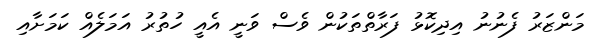
މަންޒަރު ފެނުނު އިދިކޮޅު ފަރާތްތަކުން ވެސް ވަނީ އެއީ ހުތުރު އަމަލެއް ކަމަށާއި